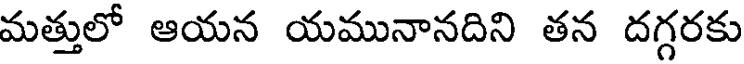
మత్తులో ఆయన యమునానదిని తన దగ్గరకు